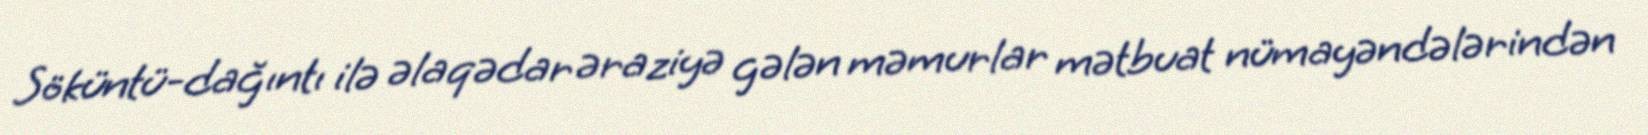
Söküntü-dağıntı ilə əlaqədar əraziyə gələn məmurlar mətbuat nümayəndələrindən